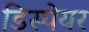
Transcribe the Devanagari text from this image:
डिस्पेयर